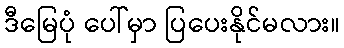
ဒီမြေပုံ ပေါ်မှာ ပြပေးနိုင်မလား။